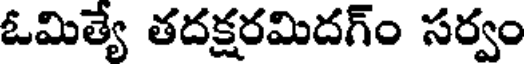
ఓమిత్యే తదక్షరమిదగ్ం సర్వం